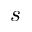
s